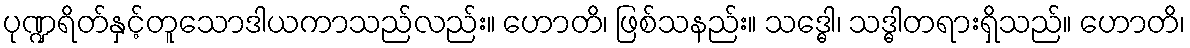
ပုဏ္ဍရိတ်နှင့်တူသောဒါယကာသည်လည်း။ ဟောတိ၊ ဖြစ်သနည်း။ သဒ္ဓေါ၊ သဒ္ဓါတရားရှိသည်။ ဟောတိ၊